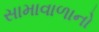
સામાવાળાનો